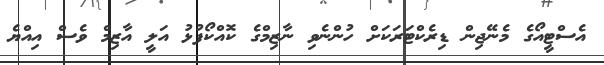
އެސްޓީއޯގެ މެނޭޖިން ޑިރެކްޓަރަކަށް ހުންނެވި ނާޒިމްގެ ކޮއްކޯފުޅު އަލީ އާޒިމް ވެސް އިއްޔެ